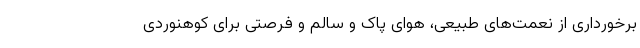
برخورداری از نعمت­‌های طبیعی، هوای پاک و سالم و فرصتی برای کوهنوردی